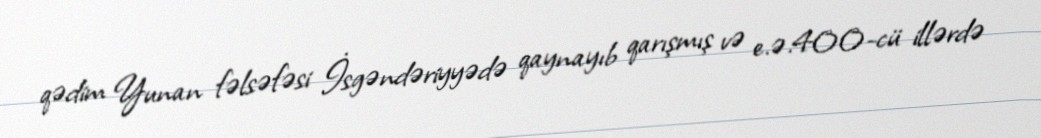
qədim Yunan fəlsəfəsi İsgəndəriyyədə qaynayıb qarışmış və e.ə.400-cü illərdə